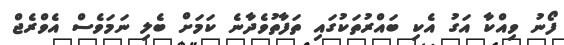
ފޯނު ވިއްކާ އަގު އެކި ބައްރުތަކުގައި ތަފާތުވެދާނެ ކަމަށް ބެލި ނަމަވެސް އެވްރެޖް